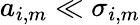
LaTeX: a_{i,m}\ll\sigma_{i,m}